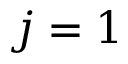
j = 1